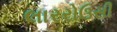
લારરોઉસી